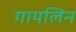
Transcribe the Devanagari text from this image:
गायलिन